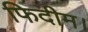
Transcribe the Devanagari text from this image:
फिदीम।